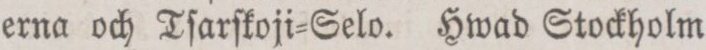
erna och Tſarſkoji=Selo. Hwad Stockholm